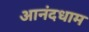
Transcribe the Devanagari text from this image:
आनंदधाम